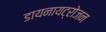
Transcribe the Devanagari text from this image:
डायनायट्रोजन